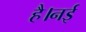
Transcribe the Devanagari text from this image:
है।नई